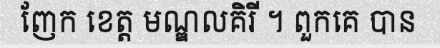
ញែក ខេត្ត មណ្ឌលគិរី ។ ពួកគេ បាន